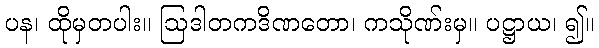
ပန၊ ထိုမှတပါး။ ဩဒါတကဒိဏတော၊ ကသိုဏ်းမှ။ ပဋ္ဌာယ၊ ၍။